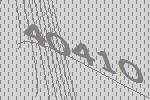
40410